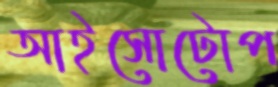
আইসোটোপ